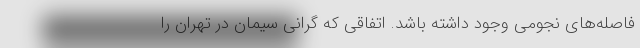
فاصله‌های نجومی وجود داشته باشد. اتفاقی که گرانی سیمان در تهران را